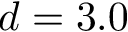
d = 3 . 0